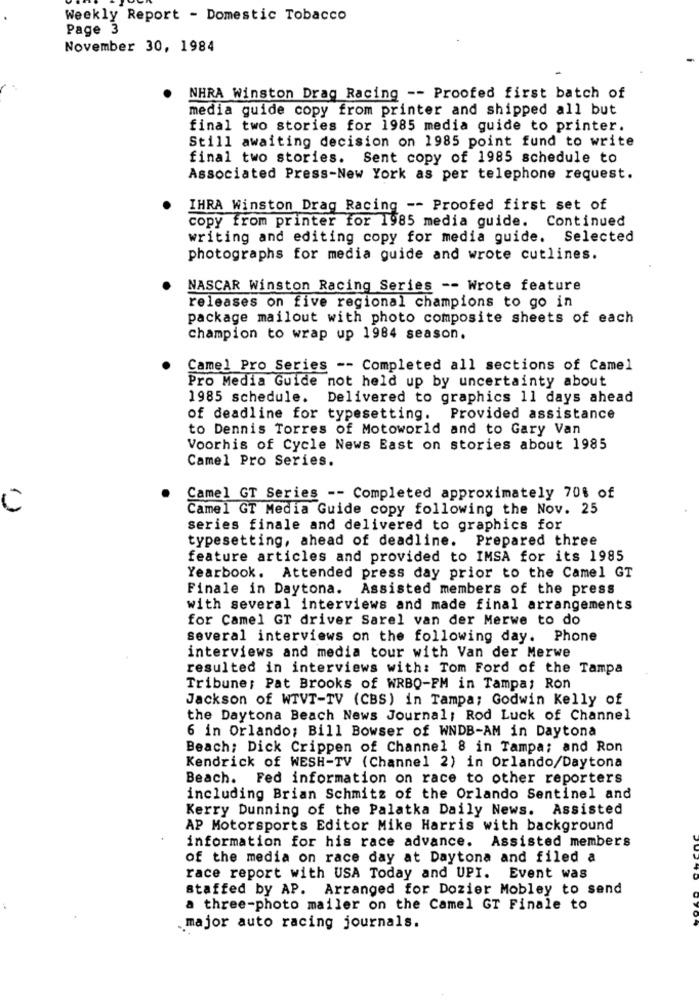
Weekly Report - Domestic Tobacco
Page 3
November 30, 1984
NHRA Winston Drag Racing -- Proofed first batch of
media guide copy from printer and shipped all but
final two stories for 1985 media guide to printer.
Still awaiting decision on 1985 point fund to write
final two stories. Sent copy of 1985 schedule to
Associated Press-New York as per telephone request.
IHRA Winston Drag Racing -- Proofed first set of
copy from printer for 1985 media guide. Continued
writing and editing copy for media guide. Selected
photographs for media guide and wrote cutlines.
NASCAR Winston Racing Series -- Wrote feature
releases on five regional champions to go in
package mailout with photo composite sheets of each
Champion to wrap up 1984 season.
Camel Pro Series -- Completed all sections of Camel
Pro Media Guide not held up by uncertainty about
1985 schedule. Delivered to graphics 11 days ahead
of deadline for typesetting. Provided assistance
to Dennis Torres of Motoworld and to Gary Van
Voorhis of Cycle News East on stories about 1985
Camel Pro Series.
Camel GT Series -- Completed approximately 70% of
C
Camel GT Media Guide copy following the Nov. 25
series finale and delivered to graphics for
typesetting, ahead of deadline. Prepared three
feature articles and provided to IMSA for its 1985
Yearbook. Attended press day prior to the Camel GT
Finale in Daytona. Assisted members of the press
with several interviews and made final arrangements
for Camel GT driver Sarel van der Merwe to do
several interviews on the following day. Phone
interviews and media tour with Van der Merwe
resulted in interviews with: Tom Ford of the Tampa
Tribune; Pat Brooks of WRBQ-FM in Tampa; Ron
Jackson of WTVT-TV (CBS) in Tampa; Godwin Kelly of
the Daytona Beach News Journal; Rod Luck of Channel
6 in Orlando; Bill Bowser of WNDB-AM in Daytona
Beach; Dick Crippen of Channel 8 in Tampa; and Ron
Kendrick of WESH-TV (Channel 2) in Orlando/Daytona
Beach. Fed information on race to other reporters
including Brian Schmitz of the Orlando Sentinel and
Kerry Dunning of the Palatka Daily News. Assisted
AP Motorsports Editor Mike Harris with background
information for his race advance. Assisted members
of the media on race day at Daytona and filed a
race report with USA Today and UPI. Event was
staffed by AP. Arranged for Dozier Mobley to send
a three-photo mailer on the Camel GT Finale to
major auto racing journals.